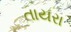
તાયરા